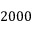
2 0 0 0